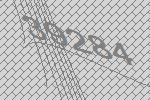
39284